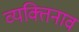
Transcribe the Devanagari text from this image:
व्यक्तिनाव